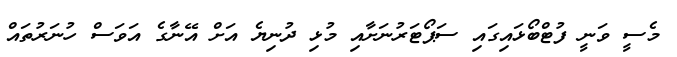
މެސީ ވަނީ ފުޓްބޯޅައިގައި ސަޕޯޓަރުނަށާއި މުޅި ދުނިޔެ އަށް އޭނާގެ އަވަސް ހުނަރުތައް